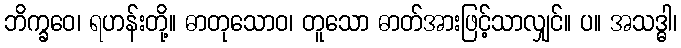
ဘိက္ခဝေ၊ ရဟန်းတို့။ ဓာတုသောဝ၊ တူသော ဓာတ်အားဖြင့်သာလျှင်။ ပ။ အသဒ္ဓါ၊